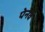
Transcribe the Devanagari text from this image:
पेनेव